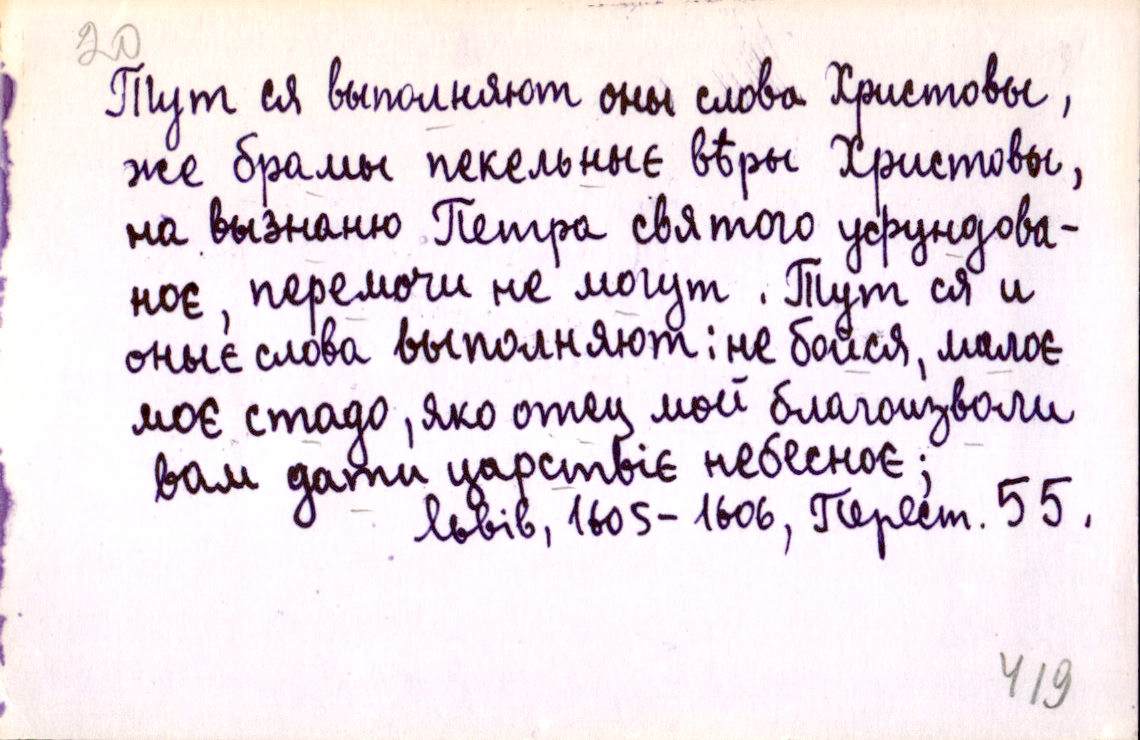
Тут ся выполняют оны слова Христовы,
же брамы пекельныє вѣры Христовы,
на вызнаню Петра святого уфундова-
ноє, перемочи не могут. Тут ся и
оныє слова выполняют: не бойся, малоє
моє стадо, яко отец мой благоизволи
вам дати царствіє небесноє;
Львів, 1605-1606, Перест. 55.